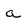
Character: a